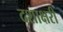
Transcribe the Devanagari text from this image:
दशाक्षरी